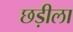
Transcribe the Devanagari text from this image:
छड़ीला